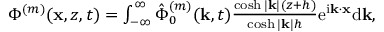
\begin{array} { r } { \Phi ^ { ( m ) } ( \mathbf { x } , z , t ) = \int _ { - \infty } ^ { \infty } \hat { \Phi } _ { 0 } ^ { ( m ) } ( \mathbf { k } , t ) \frac { \cosh | \mathbf { k } | ( z + h ) } { \cosh | \mathbf { k } | h } \mathrm { e } ^ { \mathrm { i } \mathbf { k } \cdot \mathbf { x } } \mathrm { d } \mathbf { k } , } \end{array}